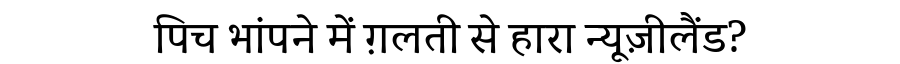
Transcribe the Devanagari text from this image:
पिच भांपने में ग़लती से हारा न्यूज़ीलैंड?